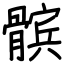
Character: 髌